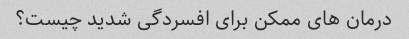
درمان های ممکن برای افسردگی شدید چیست؟